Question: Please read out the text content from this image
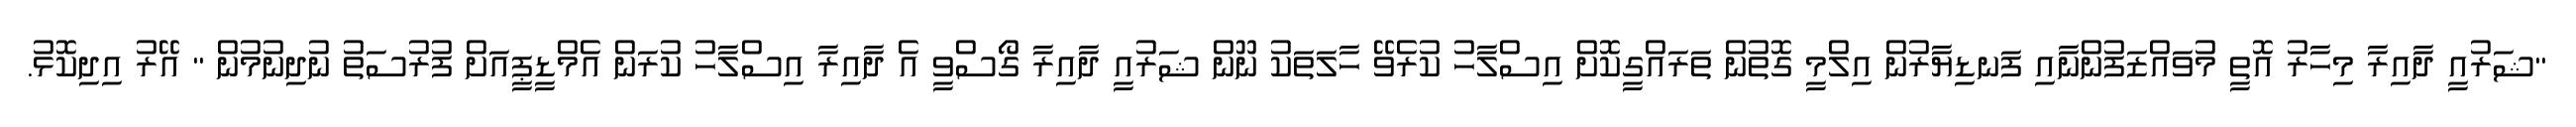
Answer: "ޝަރުއީ ދާއިރާ މިހާރު އޮތީ މުވައްޒަފުންނާއި ފަނޑިޔާރުން އިލްމީ ގޮތުން ތަރައްގީކޮށް އިސްލާހު ކުރެވޭ ހާލަތަކު ނޫން ޝަރުއީ ދާއިރާ ގޯސްވީ އެ ދާއިރާ އިސްލާހު ކުރަން އެމްޑީޕީއަށް ފުރުސަތު ނުދިނުމުން " އޭރު އިދިކޮޅު.